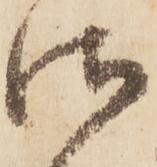
御